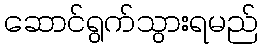
ဆောင်ရွက်သွားရမည်